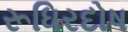
રૂધિરદોષ